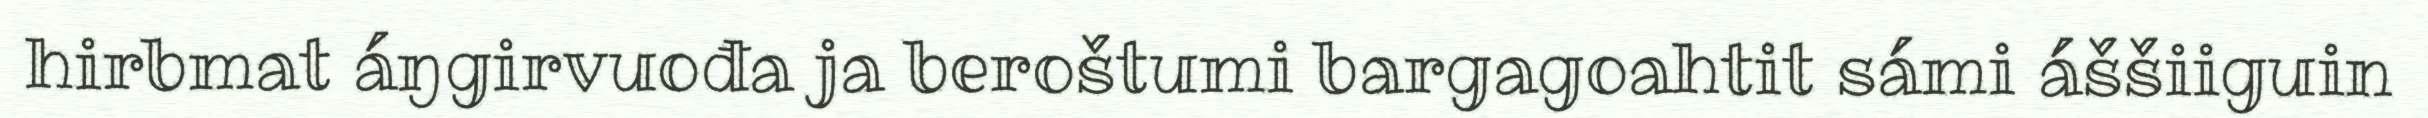
hirbmat áŋgirvuođa ja beroštumi bargagoahtit sámi áššiiguin